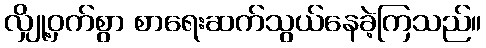
လျှို့ဝှက်စွာ စာရေးဆက်သွယ်နေခဲ့ကြသည်။